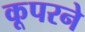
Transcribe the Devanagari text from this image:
कूपरने